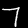
Digit: 7